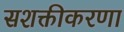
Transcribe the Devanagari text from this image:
सशक्तीकरणा